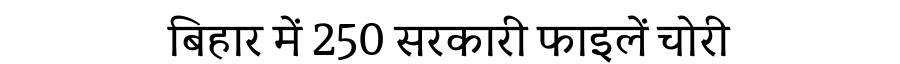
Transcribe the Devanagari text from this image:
बिहार में 250 सरकारी फाइलें चोरी